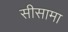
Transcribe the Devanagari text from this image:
सीसामा